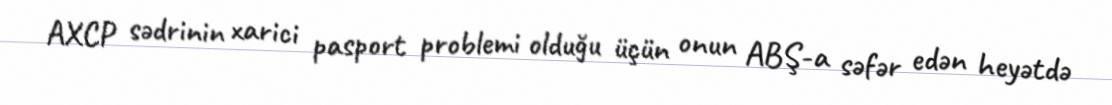
AXCP sədrinin xarici pasport problemi olduğu üçün onun ABŞ-a səfər edən heyətdə